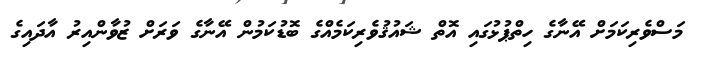
މަސްވެރިކަމަށް އޭނާގެ ހިތްޕުޅުގައި އޮތް ޝައުޤުވެރިކަމެއްގެ ބޮޑުކަމުން އޭނާގެ ވަރަށް ޒުވާންއިރު އާދައިގެ